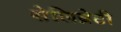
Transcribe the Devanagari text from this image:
सेलिब्रेटी